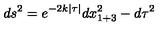
d s ^ { 2 } = e ^ { - 2 k | \tau | } d x _ { 1 + 3 } ^ { 2 } - d \tau ^ { 2 }